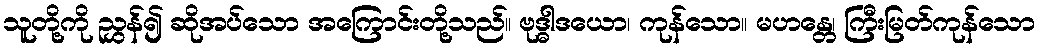
သူတို့ကို ညွှန်၍ ဆိုအပ်သော အကြောင်းတို့သည်။ ဗုဒ္ဓါဒယော၊ ကုန်သော။ မဟန္တေ၊ ကြီးမြတ်ကုန်သော